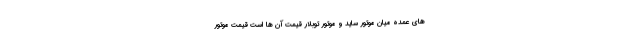
های عمده میان موتور ساید و موتور توبلار قیمت آن ها است قیمت موتور